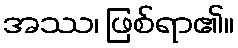
အဿ၊ ဖြစ်ရာ၏။